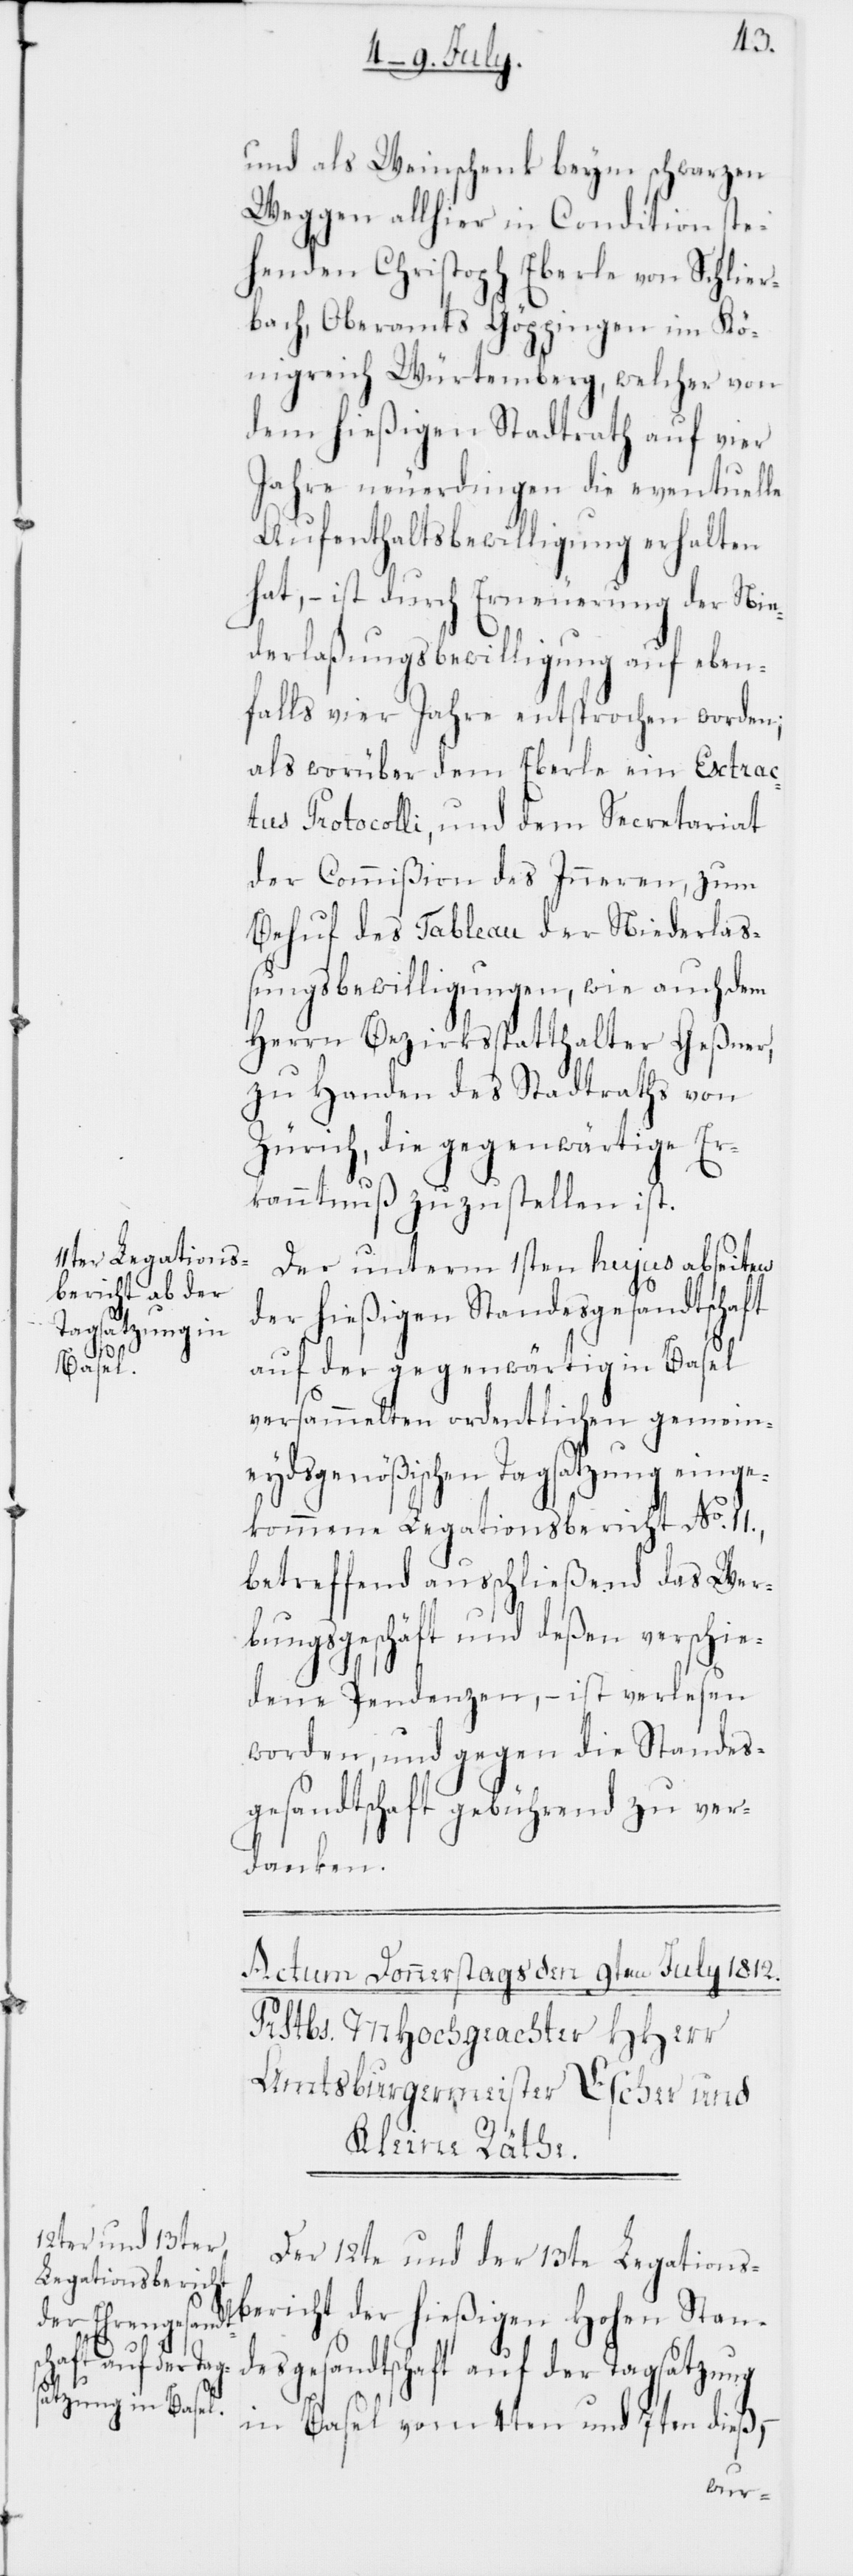
und als Weinschenk beim schwarzen
Weggen allhier in Condition ste¬
henden Christoph Eberle von Schlier¬
bach, Oberamts Göppingen im Kö¬
nigreich Würtemberg, welcher von
dem hießigen Stadtrath auf vier
Jahre neuerdingen die eventuelle
Aufenthaltsbewilligung erhalten
hat, – ist durch Erneuerung der Nie¬
derlaßungsbewilligung auf eben¬
falls vier Jahre entsprochen worden;
als worüber dem Eberle ein Extrac¬
tus Protocolli, und dem Secretariat
der Commißion des Inneren, zum
Behuf des Tableau der Niederlaß¬
ungsbewilligungen, wie auch dem
Herrn Bezirksstatthalter Geßner,
zu Handen des Stadtraths von
Zürich, die gegenwärtige Er¬
kanntnuß zuzustellen ist.
Der unterm 1sten hujus abseiten
der hießigen Standesgesandtschaft
auf der gegenwärtig in Basel
versammelten ordentlichen gemein¬
eydsgenößischen Tagsatzung einge¬
kommene Legationsbericht No 11.,
betreffend ausschließend das Wer¬
bungsgeschäft und deßen verschie¬
dene Pendenzen, – ist verlesen
worden, und gegen die Standes¬
gesandtschaft gebührend zu ver¬
danken.
Der 12te und der 13te Legations¬
bericht der hießigen Hohen Stan¬
desgesandtschaft auf der Tagsatzung
in Basel vom 4ten und 7ten dieß,